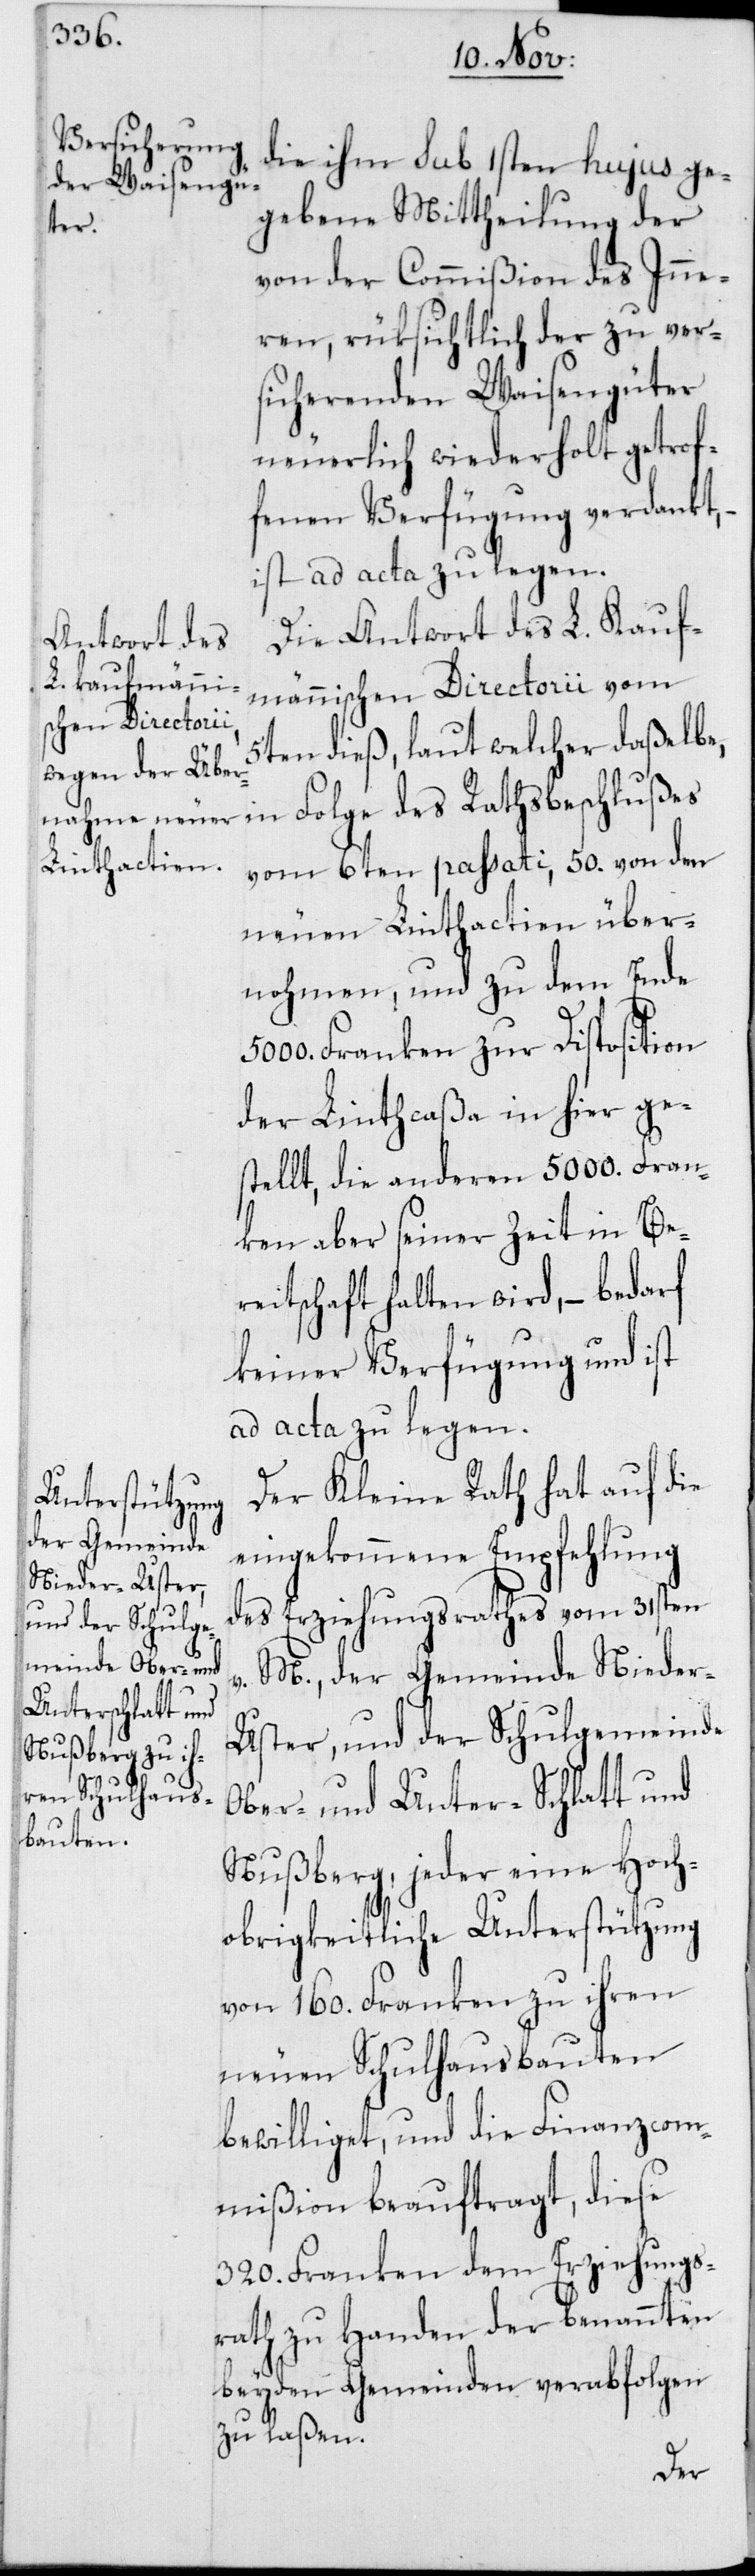
die ihm sub 1sten hujus ge¬
gebene Mittheilung der
von der Commißion des Inne¬
ren, rüksichtlich der zu ver¬
sicherenden Waisengüter
neuerlich wiederholt getrof¬
fenen Verfügung verdankt,
ist ad acta zu legen.
Die Antwort des L. Kauf¬
männischen Directorii vom
5ten dieß, laut welcher daßelbe,
in Folge des Rathsbeschlußes
vom 6ten passati, 50. von den
neuen Linthactien über¬
nohmen, und zu dem Ende
5000. Franken zur Disposition
der Linthcaßa in hier ge¬
stellt, die anderen 5000. Fran¬
ken aber seiner Zeit in Ber¬
eitschaft halten wird, – bedarf
keiner Verfügung und ist
ad acta zu legen.
Der Kleine Rath hat auf die
eingekommene Empfehlung
des Erziehungsrathes vom 31sten
v. M., der Gemeinde Niede¬
r-Uster und der Schulgemeinde
Ober- und Unter-Schlatt und
Nußberg, jeder eine Hoch¬
obrigkeitliche Unterstützung
von 160. Franken zu ihren
neuen Schulhausbauten
bewilliget, und die Finanzcom¬
mißion beauftragt, diese
320. Franken dem Erziehungs¬
rath zu Handen der benannten
beyden Gemeinden verabfolgen
zu laßen.